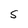
Character: S